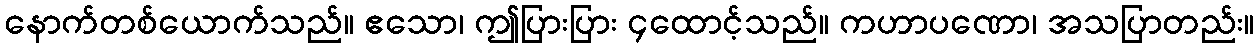
နောက်တစ်ယောက်သည်။ ဧသော၊ ဤပြားပြား ၄ထောင့်သည်။ ကဟာပဏော၊ အသပြာတည်း။